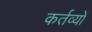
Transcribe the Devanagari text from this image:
कर्तव्‍यों